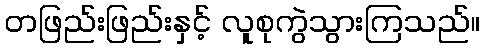
တဖြည်းဖြည်းနှင့် လူစုကွဲသွားကြသည်။